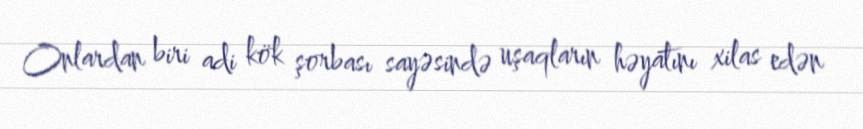
Onlardan biri adi kök şorbası sayəsində uşaqların həyatını xilas edən